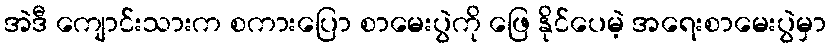
အဲဒီ ကျောင်းသားက စကားပြော စာမေးပွဲကို ဖြေ နိုင်ပေမဲ့ အရေးစာမေးပွဲမှာ